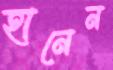
হানেন